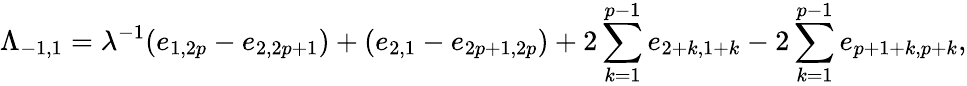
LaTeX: \Lambda_{-1,1}=\lambda^{-1}(e_{1,2p}-e_{2,2p+1})+(e_{2,1}-e_{2p+1,2p})+2\sum_{k=1}^{p-1}e_{2+k,1+k}-2\sum_{k=1}^{p-1}e_{p+1+k,p+k},